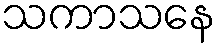
သကာသနေ